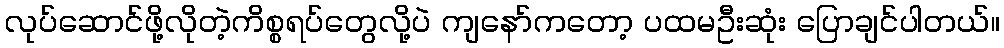
လုပ်ဆောင်ဖို့လိုတဲ့ကိစ္စရပ်တွေလို့ပဲ ကျနော်ကတော့ ပထမဦးဆုံး ပြောချင်ပါတယ်။